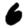
Digit: 6